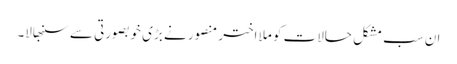
ان سب مشکل حالات کو ملا اختر منصور نے بڑی خوبصورتی سے سنبھالا۔